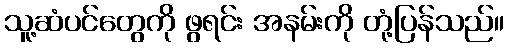
သူ့ဆံပင်တွေကို ဖွရင်း အနမ်းကို တုံ့ပြန်သည်။